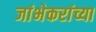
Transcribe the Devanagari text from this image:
जांभेकरांच्या